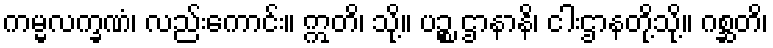
ကမ္မလက္ခဏံ၊ လည်းကောင်း။ ဣတိ၊ သို့။ ပဉ္စ ဌာနာနိ၊ ငါးဌာနတို့သို့။ ဂစ္ဆတိ၊